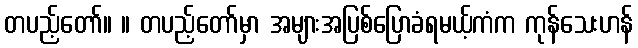
တပည့်တော်။ ။ တပည့်တော်မှာ အများအပြစ်ပြောခံရမယ့်ကံက ကုန်သေးဟန်